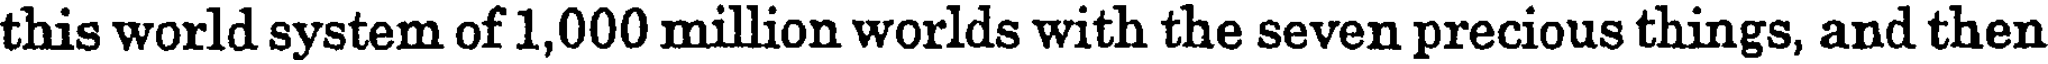
this world system of 1,000 million worlds with the seven precious things, and then